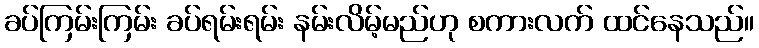
ခပ်ကြမ်းကြမ်း ခပ်ရမ်းရမ်း နမ်းလိမ့်မည်ဟု စကားလက် ထင်နေသည်။